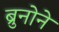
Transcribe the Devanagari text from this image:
ब्रुनोने